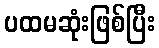
ပထမဆုံးဖြစ်ပြီး